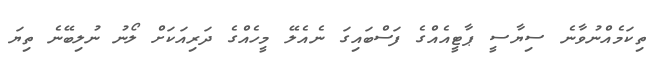
ތިކަމެއްނުވާނެ ސިޔާސީ ޕާޓީއެއްގެ ފަސްބައިގަ ނެއެލޭ މީހެއްގެ ދަރިއަކަށް ލޯނު ނުލިބޭނެ ތިޔަ